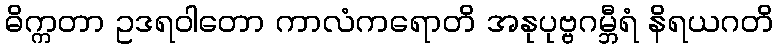
ဓိက္ကတာ ဥဒရဝါတော ကာလံကရောတိ အနုပုဗ္ဗဂမ္ဘီရံ နိရယဂတိ